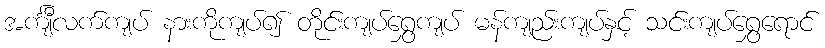
အင်္ကျီလက်ကျပ် နားကိုကျပ်၍ တိုင်းကျပ်ရွှေကျပ် မန်ကျည်းကျပ်နှင့် သင်းကျပ်ရွှေရောင်